Vital statistics of India. Vol. IV, Annual returns from 1871 to 1876. British Army of India, Native Army and jails of Bengal
Year: 1871
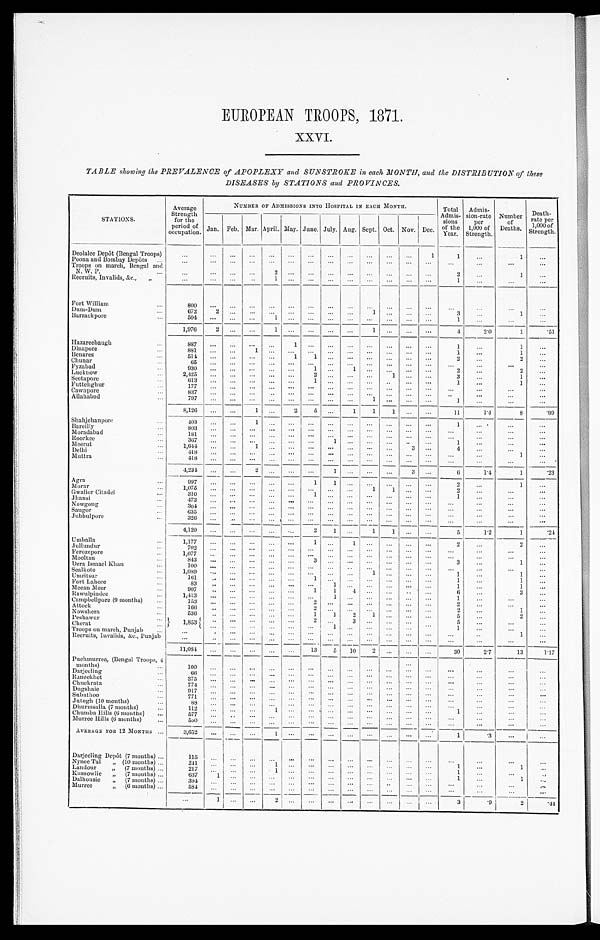
EUROPEAN TROOPS, 1871.
XXVI.
TABLE showing the PREVALENCE of APOPLEXY and SUNSTROKE in each MONTH, and the DISTRIBUTION of these
DISEASES by STATIONS and PROVINCES.
STATIONS.
Average
Strength for the
period of
occupation.
NUMBER OF ADMISSIONS INTO HOSPITAL IN EACH MONTH.
Total
Admis- sion
s
of the
Year.
Admis-
sion-rate Per
1,000 of
Strength.
Number
of
Deaths.
Death-
rate per
1,000 of
Strength.
Jan. Feb. Mar.
A p r i l .
May. June. July. Aug. Sept. Oct. Nov. Dec.
Deolalee Depôt (Bengal Troops)
. . .
...
...
...
...
...
...
...
...
...
. . .
. . .
1
1
. . .
1
...
Poona and Bombay Depôts ..
. . .
...
...
...
...
...
...
... ...
...
...
...
. . .
...
. . .
. . .
. . .
Troops on march, Bengal and
N. W. P ...
. . .
...
...
. . .
2 ...
. . .
. . . ...
... ...
. . . ...
2 ...
1
...
Recruits, Invalids, &c., ,,
. . .
. . . ...
. . .
1 ...
. . . ... ...
...
...
...
... 1
. . .
. . .
...
Fort William
...
800
. . .
. . .
. . .
. . . ...
. . .
. . .
. . .
... ...
. . .
. . .
. . .
...
. . .
...
Dum-Dum ...
6 7 2
2 ...
. . . ...
...
. . .
. . .
... 1
...
. . . . . . 3
...
1
...
Barrackpore
...
5 0 4
. . . ...
. . .
1 ...
. . .
. . . ...
...
...
...
. . .
1
. . .
...
...
1,976
2 ...
...
1 ...
. . .
. . . ...
1
...
. . . . . .
4
2.0
1
5 1
Hazareebaugh
...
8 8 7
. . . ...
. . .
. . . 1
. . .
. . . ...
...
...
...
...
1
...
1
. . .
Dinapore
...
881
. . . ...
1
. . . ...
. . .
. . . ... ...
...
. . .
. . .
1
...
1
...
Benares
...
5 1 4
. . . ...
. . .
. . .
1
1
. . . ...
...
...
. . . . . .
2
...
2 ...
Chunar ...
6 5
. . . ...
. . .
. . .
. . .
. . .
. . . ... ...
...
...
...
. . .
...
. . .
. . .
Fyzabad
...
9 3 0
. . . ...
. . .
. . .
. . . 1 ...
1 ... ...
. . . . . .
2
...
2
...
Lucknow
...
2 , 4 2 5
. . . ...
. . .
. . .
. . . 2
. . .
... ...
1
. . . . . .
3
...
1
. . .
Seetapore
613
. . . ...
. . .
...
...
1
. . .
......
...
. . . . . .
1
...
1
...
Futtehghur
1 7 7
. . . ...
. . .
. . . ...
. . .
. . .
...... ...
. . . . . .
...
...
...
. . .
Cawnpore
...
837
. . . ...
...
. . . ...
. . .
. . .
. . . ...
...
. . .
. . .
. . .
. . .
. . .
. . .
Allahabad
...
797
. . .
. . .
. . . ... ...
. . .
...
. . .
1 ...
...
...
1
...
. . .
. . .
8,126
. . . ...
1 ...
2
5
. . .
1
1
1
. . .
. . .
11
1.4
8
. 9 9
Shahjehanpore ...
4 0 3
. . .
...
1
. . .
. . .
. . .
. . .
......
. . .
. . .
. . .
1
...
. . .
. . .
Bareilly
...
803
...
...
...
...
...
. . .
. . . ...
...
. . . ...
...
...
...
. . . ...
Moradabad
...
1 8 1
. . . ...
. . .
. . .
. . .
. . .
. . .
... ...
. . .
...
. . . . . .
. . .
. . .
. . .
Roorkee
367
. . . ...
...
...
. . .
. . .
1 ...
... ...
...
. . .
1
...
...
...
Meerut
...
1,644
...
...
1
. . .
. . .
. . .
. . . ...
... ...
3
. . .
4
...
...
...
Delhi
418
. . .
. . . . . .
. . .
. . .
. . .
. . . ...
... ...
. . .
. . . . . .
...
1
. . .
Muttra
418
...
. . .
. . .
. . .
. . .
. . .
. . .
. . .
...
...
...
...
. . .
...
...
...
4,234
...
...
2
. . .
. . . . . .
1 ...
...
...
3
. . .
6
1.4
1
. 2 3
Agra
9 9 7
. . .
. . .
. . .
. . .
. . . 1
1 ...
...
...
...
. . .
2
...
1 ...
Morar ...
1 , 9 7 5
. . .
. . .
. . .
. . .
. . .
. . .
. . . ...
1
1
. . .
. . .
2
...
...
. . .
Gwalior Citadel
...
310
. . .
. . . . . .
. . . . . .
1
. . . ...
...
. . .
. . . ...
1
...
. . .
...
Jhansi
473
. . .
. . .
. . .
...
. . .
...
...
...
...
...
...
. . .
. . .
...
. . . ...
Nowgong
304
. . .
. . .
. . .
. . .
. . .
. . .
. . . ...
...
...
. . . ...
. . .
...
...
...
Saugor
...
6 3 5
. . .
. . . . . .
. . .
. . .
. . .
. . . ...
... ...
. . .
. . .
. . .
. . . ...
...
Jubbulpore ...
326
...
. . . . . .
. . . ...
. . .
. . .
. . .
. . .
. . .
. . .
. . .
. . .
. . .
. . .
. . .
4,120
...
...
. . . ...
. . .
2
1 ...
1
1
. . .
. . .
5
1.2
1
. 2 4
Umballa
...
1 , 1 7 7
. . .
. . .
. . .
. . .
. . .
1
. . . 1 ...
. . .
. . .
. . .
2
. . .
2
. . .
Jullundur
..
7 0 2
. . .
. . .
. . .
. . .
. . .
. . .
. . . ... ...
. . .
. . .
. . .
. . .
...
. . .
. . .
Ferozepore
1,077
. . . ...
. . . ...
...
. . .
...
...
...
...
...
. . .
. . .
...
. . . ...
Mooltan
843
...
...
...
. . .
...
3 ...
...
...
...
...
...
3
...
1
...
Dera Ismael Khan
...
1 0 0
. . .
. . .
. . .
. . .
. . .
. . .
. . . ...
...
...
...
...
. . .
. . .
. . . ...
Sealkote
1,089
...
. . .
. . .
. . . . . .
. . . ...
...
1 ...
. . .
. . .
1
...
1 ...
Umritsur
...
161
. . .
. . .
. . .
. . .
. . .
1 ... ...
...
...
...
...
1
...
1
...
Fort Lahore
83
. . .
. . .
. . .
. . . ...
...
1
. . .
...
...
...
. . .
1
. . .
1
...
Meean Meer
907
. . . ...
...
. . .
. . . 1
1 4
... ...
. . .
. . .
6
...
3
...
Rawulpindee
...
1,413
...
. . . ...
. . .
. . .
. . .
1 ...
...
...
. . .
. . .
1
...
. . .
...
Campbellpore (9 months)
...
153
. . .
. . .
. . .
. . .
. . .
2 ...
...
...
...
...
...
2
. . .
. . .
. . .
Attock
...
166
. . . ...
...
. . .
...
2
. . . ...
... ...
. . .
. . .
2
...
1
...
Nowshera
...
536
. . .
. . .
. . .
. . .
. . .
1
1
2 1 ...
. . .
. . .
5
. . .
2
...
Peshawur
... . . .
1,853
. . .
. . .
. . . . . .
. . . 2
. . .
3 ...
. . .
. . .
. . .
5
. . .
. . .
. . .
Cherat
...
...
. . . ...
. . .
. . . ...
1 ...
... ...
. . .
. . .
1
...
...
...
Troops on march, Punjab
...
. . .
. . . ...
...
...
. . .
...
...
...
... ...
...
...
. . .
...
1
. . .
Recruits, Invalids, &c., Punjab
. . .
. . .
. . .
. . .
. . .
...
...
. . .
. . .
... ...
...
. . .
. . .
. . .
. . .
. . .
11,084
. . .
. . .
. . . . . .
. . . 13
5
10 2 ...
. . .
. . .
30
2.7
13
1.17
Puchmurrea, (Bengal Troops, 4
months) ...
1 0 0
...
. . .
...
. . .
...
...
...
...
. . .
...
...
. . .
...
. . .
. . .
. . .
Darjeeling
6 6
. . .
. . .
. . .
. . .
. . . ...
...
...
. . . ...
...
...
. . .
. . .
. . .
...
Raneekhet
375
...
. . . ...
...
...
. . .
. . .
. . .
. . .
. . .
. . . ...
. . .
. . .
...
...
Chuckrata
774
...
. . .
. . . ...
...
...
...
. . .
. . .
... ...
...
. . .
. . .
. . . ...
Dugshaie
917
...
...
. . . ...
. . .
. . .
. . .
. . .
. . .
. . .
. . .
. . .
. . .
. . .
. . .
...
Subathoo
771
...
...
...
...
...
. . .
...
...
. . .
...
...
...
. . .
. . .
. . . ...
Jutogh (10 months)
8 8 . . .
. . .
. . . ...
. . .
. . .
. . .
. . . ...
...
. . .
. . .
. . .
. . .
. . .
...
Dhurmsalla (7 months)
...
112
...
. . .
. . .
1
. . .
. . .
. . . ...
...
. . .
. . . ...
1
...
. . .
. . .
Chumba Hills (6 months)
...
577
. . .
. . .
. . .
. . .
. . .
. . . ...
. . .
. . .
. . . ...
. . .
...
. . .
...
Murree Hills (6 months)
...
5 5 0
. . .
. . .
. . .
. . .
. . .
. . .
. . . ...
...
. . .
. . .
. . .
. . .
. . .
. . .
. . .
AVERAGE FOR 12 MONTHS ...
3,652
...
. . .
. . .
1
...
. . .
. . . ...
...
. . .
. . .
. . .
1
. 3
. . .
...
Darjeeling Depôt (7 months) ...
115
...
...
...
...
. . .
. . .
. . .
. . . . . .
. . .
. . .
...
. . .
...
. . .
. . .
Nynee Tal „ (10 months) ...
241
. . .
. . .
. . .
1
. . .
. . .
. . . ...
...
...
...
...
1
...
1 ...
Landour
„ (7 months) ...
217
...
. . .
. . .
1
. . .
. . .
. . .
. . . . . .
. . .
. . .
. . .
1
. . .
. . . ...
Kussowlie
,, (7 months) ...
637
1 . . .
. . .
. . .
. . . ...
...
...
...
. . .
. . .
. . .
1
...
1 ...
Dalhousie
„ (7 months) ...
394
. . .
...
...
...
. . . ...
. . .
. . . . . .
...
. . .
. . .
. . .
...
. . .
...
Murree
„ (6 months) ...
584
...
. . .
. . .
. . . ...
. . .
. . .
. . . . . .
. . .
. . .
. . .
. . .
...
. . .
. . .
. . . 1
. . .
. . .
2 ...
. . .
. . .
...
...
...
. . .
. . .
3 .9
2
. 4 4